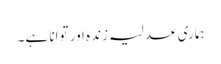
ہماری عدلیہ زندہ اور توانا ہے۔